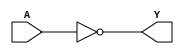
module INVX1(A, Y);
input A;
output Y;
not(Y, A);
endmodule